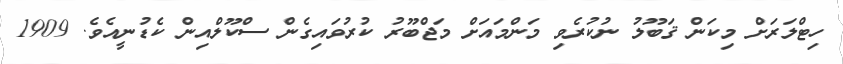
ހިޓްލަރަށް މިކަން ޤަބޫލު ނުކުރެވި މަންމައަށް މަޖްބޫރު ކުރުވައިގެން ސްކޫލްއިން ކެޑުނީއެވެ. 1909